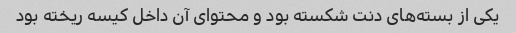
یکی از بسته‌های دنت شکسته بود و محتوای آن داخل کیسه ریخته بود